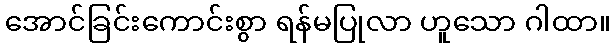
အောင်ခြင်းကောင်းစွာ ရန်မပြုလာ ဟူသော ဂါထာ။